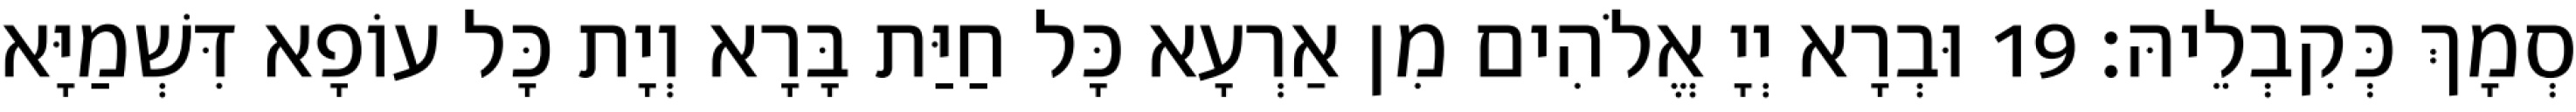
סְמָךְ כְּקִבְלֵיהּ׃ 19 וּבְרָא יְיָ אֱלֹהִים מִן אַרְעָא כָּל חַיַּת בָּרָא וְיָת כָּל עוֹפָא דִּשְׁמַיָּא